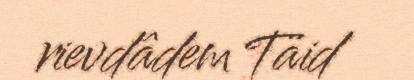
rievdâdem Täid